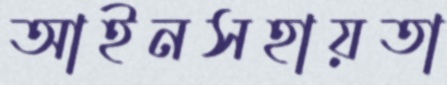
আইনসহায়তা